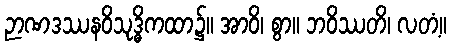
ဉာဏဒဿနဝိသုဒ္ဓိကထာ၌။ အာဝိ၊ စွာ။ ဘဝိဿတိ၊ လတံ့။